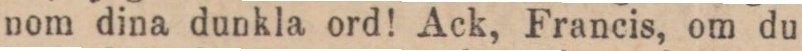
nom dina dunkla ord! Ack, Francis, om du